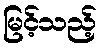
မြင့်သည့်